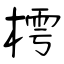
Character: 樗